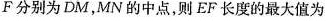
F分别为DM，MN的中点，则EF长度的最大值为